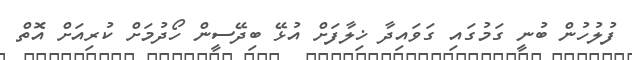
ފުލުހުން ބުނީ ގަމުގައި ގަވައިދާ ޚިލާފަށް އުޅޭ ބިދޭސީން ހޯދުމަށް ކުރިއަށް އޮތް